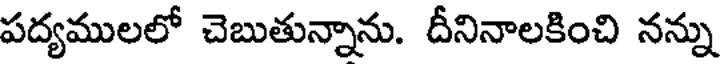
పద్యములలో చెబుతున్నాను. దీనినాలకించి నన్ను